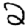
Digit: 2